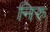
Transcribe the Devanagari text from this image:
निरु